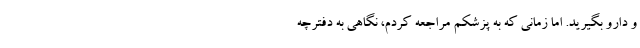
و دارو بگیرید. اما زمانی که به پزشکم مراجعه کردم، نگاهی به دفترچه